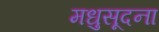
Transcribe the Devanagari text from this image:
मधुसूदना